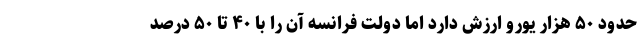
حدود ۵۰ هزار یورو ارزش دارد اما دولت فرانسه آن را با ۴۰ تا ۵۰ درصد